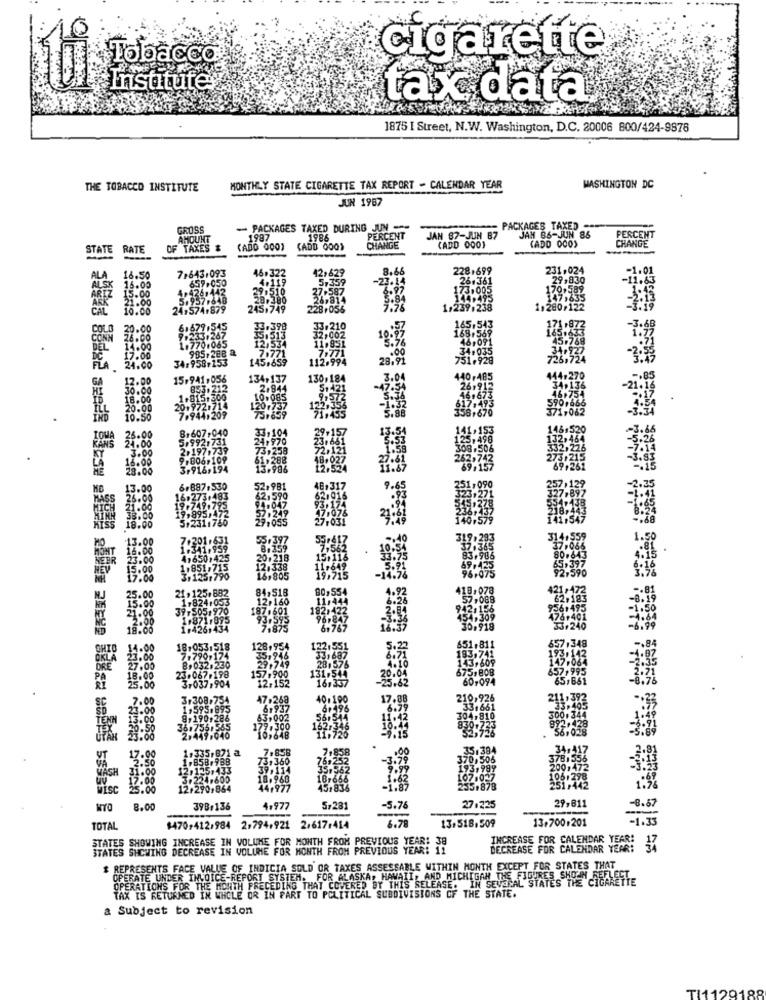
cigarette
Tobacco
Institu
tax data
1875 I Street, N.W. Washington, D.C. 20006 800/424-9878
THE TOBACCO INSTITUTE
MONTHLY STATE CIGARETTE TAX REPORT - CALENDAR YEAR
WASHINGTON DC
JUN 1987
GROSS
- PACKAGES TAXED DURING JUN -
PACKAGES TAXED
AMOUNT
1987
1986
PERCENT
JAN 87-JUN 87
JAM 86-JUN 86
(ADD 000)
PERCENT
CHANGE
STATE RATE
OF TAXES
(ADD 000)
CADD 000)
CHANGE
(ADD 000)
7,643.093
46.322
12,629
.66
231.024
ALA
ALSK
16.50
659.050
4.119
29,830
15.00
16.00
170,589
ARIZ
ARK
21.00
28.380
.84
147,635
CAL
10.00
24,574.879
245,749
228.055
1,239,238
1,280.122
COLL
20.00
33.210
10:37
168.569
165,543
CONN
26.00
32,002
46,091
DEL
14.00
34#035
17.00
28.91
751.928
FLA 24.00
440,485
RANS
SC
UT
12.98
MASH
1.00
WISC
3.00
8 88888 88888 88888
29,811
8.00
39B+136
4.977
5.28
27.225
-0.67
$470,412,984
13:518.509
13+700:201
-1.33
TOTAL
2.794.921 2/617.414
STATES SHOWING INCREASE IN VOLUME FOR MONTH FROM PREVIOUS YEAR: 38
INCREASE FOR CALENDAR YEAR:
STATES SHOWING DECREASE IN VOLUME FOR MONTH FROM PREVIOUS YEAR: 11
DECREASE FOR CALENDAR YEAR:
47
$ REPRESENTS FACE VALUE OF INDICIA SOLD OR TAXES ASSESSABLE WITHIN MONTH EXCEPT FOR STATES THAT
OPERATE UNDER INVOICE-REPORT SYSTEM. FOR ALASKA, HAWAII, AND MICHIGAN THE FIGURES SHOEN FEELSET
OPERATIONS FOR THE MONTH PRECEDING THAT COVERED BY THIS RELEASE. IN SEVERAL STATES THEC
TAX IS RETURNED IN WHOLE OR IN PART TO POLITICAL SUBDIVISIONS OF THE STATE.
a Subject to revision
TI1129188